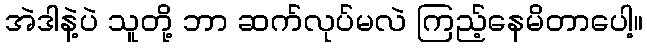
အဲဒါနဲ့ပဲ သူတို့ ဘာ ဆက်လုပ်မလဲ ကြည့်နေမိတာပေါ့။